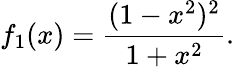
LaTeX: f_{1}(x)=\frac{(1-x^{2})^{2}}{1+x^{2}}.